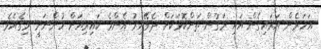
އަހަރެން އަރައިގެން އައި މަގުން ތަންކޮޅަކަށް ދެވޭއިރު އެންމެ ކައިރިއަށް ހުންނަނީ މިގެއެވެ.